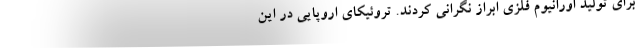
برای تولید اورانیوم فلزی ابراز نگرانی کردند. تروئیکای اروپایی در این